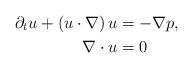
LaTeX: \begin{align*} \partial_t u + (u\cdot \nabla) \,u &= -\nabla p, \\ \nabla \cdot u & = 0 \end{align*}